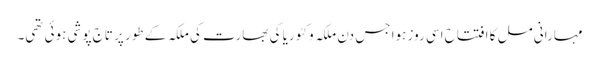
مہارانی مل کا افتتاح اسی روز ہوا جس دن ملکہ وکٹوریا کی بھارت کی ملکہ کے طور پر تاج پوشی ہوئی تھی۔